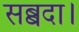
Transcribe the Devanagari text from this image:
सब्बदा।